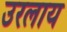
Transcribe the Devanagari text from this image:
उरलाय